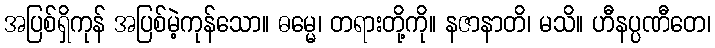
အပြစ်ရှိကုန် အပြစ်မဲ့ကုန်သော။ ဓမ္မေ၊ တရားတို့ကို။ နဇာနာတိ၊ မသိ။ ဟီနပ္ပဏီတေ၊